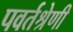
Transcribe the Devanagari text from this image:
पवर्तश्रेणी